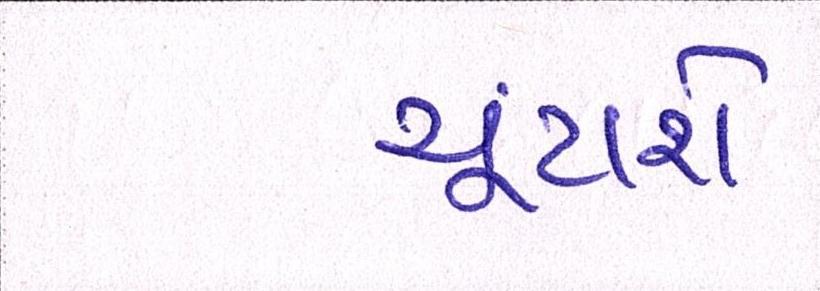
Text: ચૂંટાશે